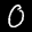
Label: 0